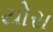
યોરા